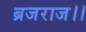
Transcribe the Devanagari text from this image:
ब्रजराज।।